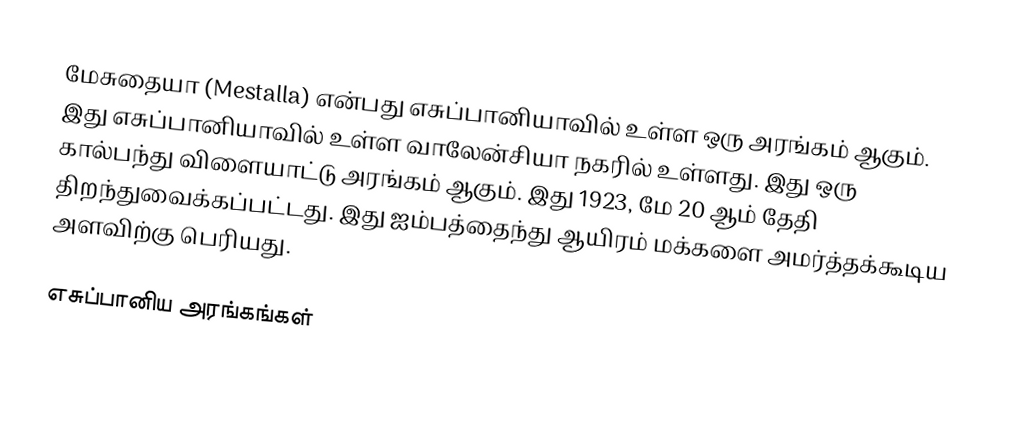
மேசுதையா (Mestalla) என்பது எசுப்பானியாவில் உள்ள ஒரு அரங்கம் ஆகும். இது எசுப்பானியாவில் உள்ள வாலேன்சியா நகரில் உள்ளது. இது ஒரு கால்பந்து விளையாட்டு அரங்கம் ஆகும். இது 1923, மே 20 ஆம் தேதி திறந்துவைக்கப்பட்டது. இது ஐம்பத்தைந்து ஆயிரம் மக்களை அமர்த்தக்கூடிய அளவிற்கு பெரியது.

எசுப்பானிய அரங்கங்கள்